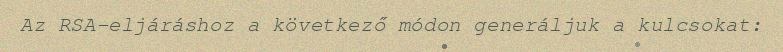
Az RSA-eljáráshoz a következő módon generáljuk a kulcsokat: